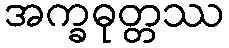
အက္ခဓုတ္တဿ